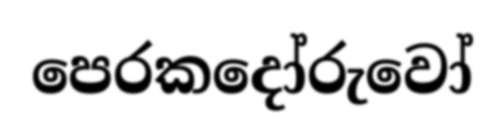
පෙරකදෝරුවෝ